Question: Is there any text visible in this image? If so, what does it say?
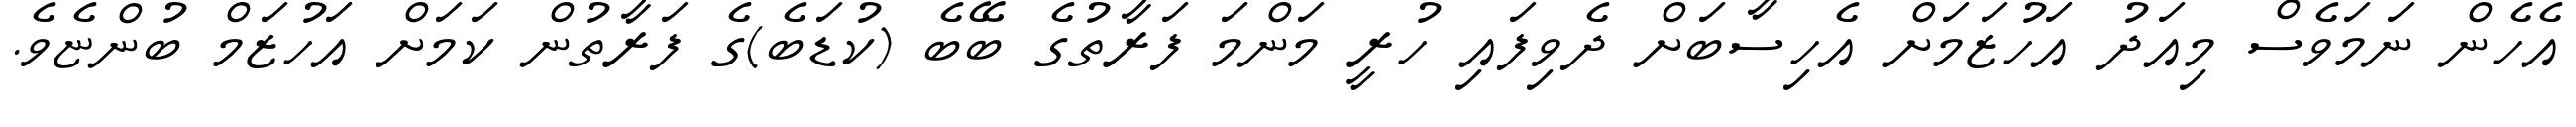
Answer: އެހެން ނަމަވެސް މިއަދު އަހުޒަމަށް އެހިސާބަށް ދެވިފައި ހުރީ މަންމަ ފަރާތުގެ ބޭބެ (ކުޑަބެ)ގެ ފަރާތުން ކަމަށް އަހުޒަމް ބުންޏެވެ.